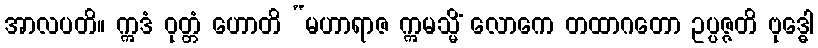
အာလပတိ။ ဣဒံ ဝုတ္တံ ဟောတိ “မဟာရာဇ ဣမသ္မိံ လောကေ တထာဂတော ဥပ္ပဇ္ဇတိ ဗုဒ္ဓေါ